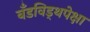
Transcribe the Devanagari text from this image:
बँडविड्थपेक्षा